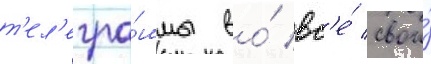
т'ел'егра́ммы во́ вс'е́ свои́